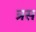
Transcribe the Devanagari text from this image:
त्रस